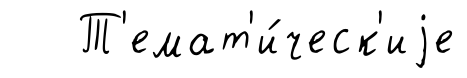
Т'емат'и́ческ'иjе